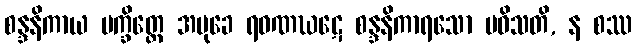
စန္ဒနိကာယ ပက္ခိတ္တေ အမုခေ ရဝဏဃဋေ စန္ဒနိကာရသော ပဝိသတိ, န စဿ